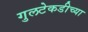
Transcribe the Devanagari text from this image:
गुलटेकडीच्या